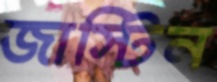
জাস্টিন